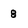
Character: 8